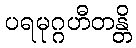
ပရမုဂ္ဂဟီတန္တိ